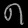
Digit: ၈